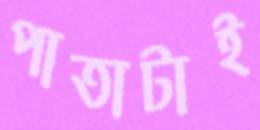
পাতাটাই